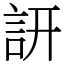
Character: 訮